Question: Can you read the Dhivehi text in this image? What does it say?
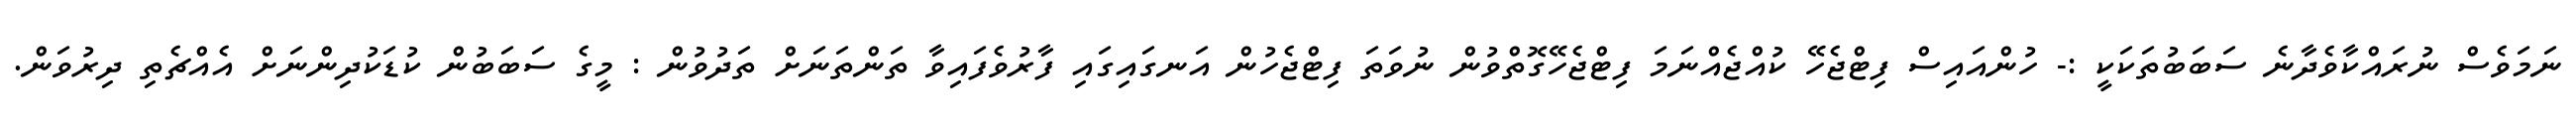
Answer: ނަމަވެސް ނުރައްކާވެދާނެ ސަބަބުތަކަކީ :- ހުންއައިސް ފިޓްޖެހޭ ކުއްޖެއްނަމަ ފިޓްޖެހޭގޮތްވުން ނުވަތަ ފިޓްޖެހުން އަނގައިގައި ފާރުވެފައިވާ ތަންތަނަށް ތަދުވުން : މީގެ ސަބަބުން ކުޑަކުދިންނަށް އެއްޗެތި ދިރުވަން.